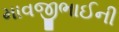
માવજીભાઈની